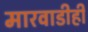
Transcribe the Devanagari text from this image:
मारवाडीही